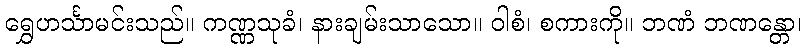
ရွှေဟင်္သာမင်းသည်။ ကဏ္ဏသုခံ၊ နားချမ်းသာသော။ ဝါစံ၊ စကားကို။ ဘဏံ ဘဏန္တော၊